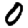
Digit: 0